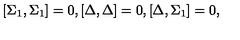
\lbrack \Sigma _ { 1 } , \Sigma _ { 1 } ] = 0 , [ \Delta , \Delta ] = 0 , [ \Delta , \Sigma _ { 1 } ] = 0 ,